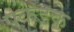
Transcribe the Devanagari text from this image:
पकडके